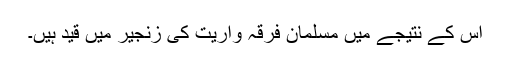
اس کے نتیجے میں مسلمان فرقہ واریت کی زنجیر میں قید ہیں۔